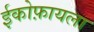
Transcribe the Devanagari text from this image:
ईकोफ़ायला